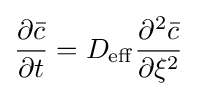
{\frac {\partial {\bar {c}}}{\partial t}}=D_{\mathrm {eff} }{\frac {\partial ^{2}{\bar {c}}}{\partial \xi ^{2}}}